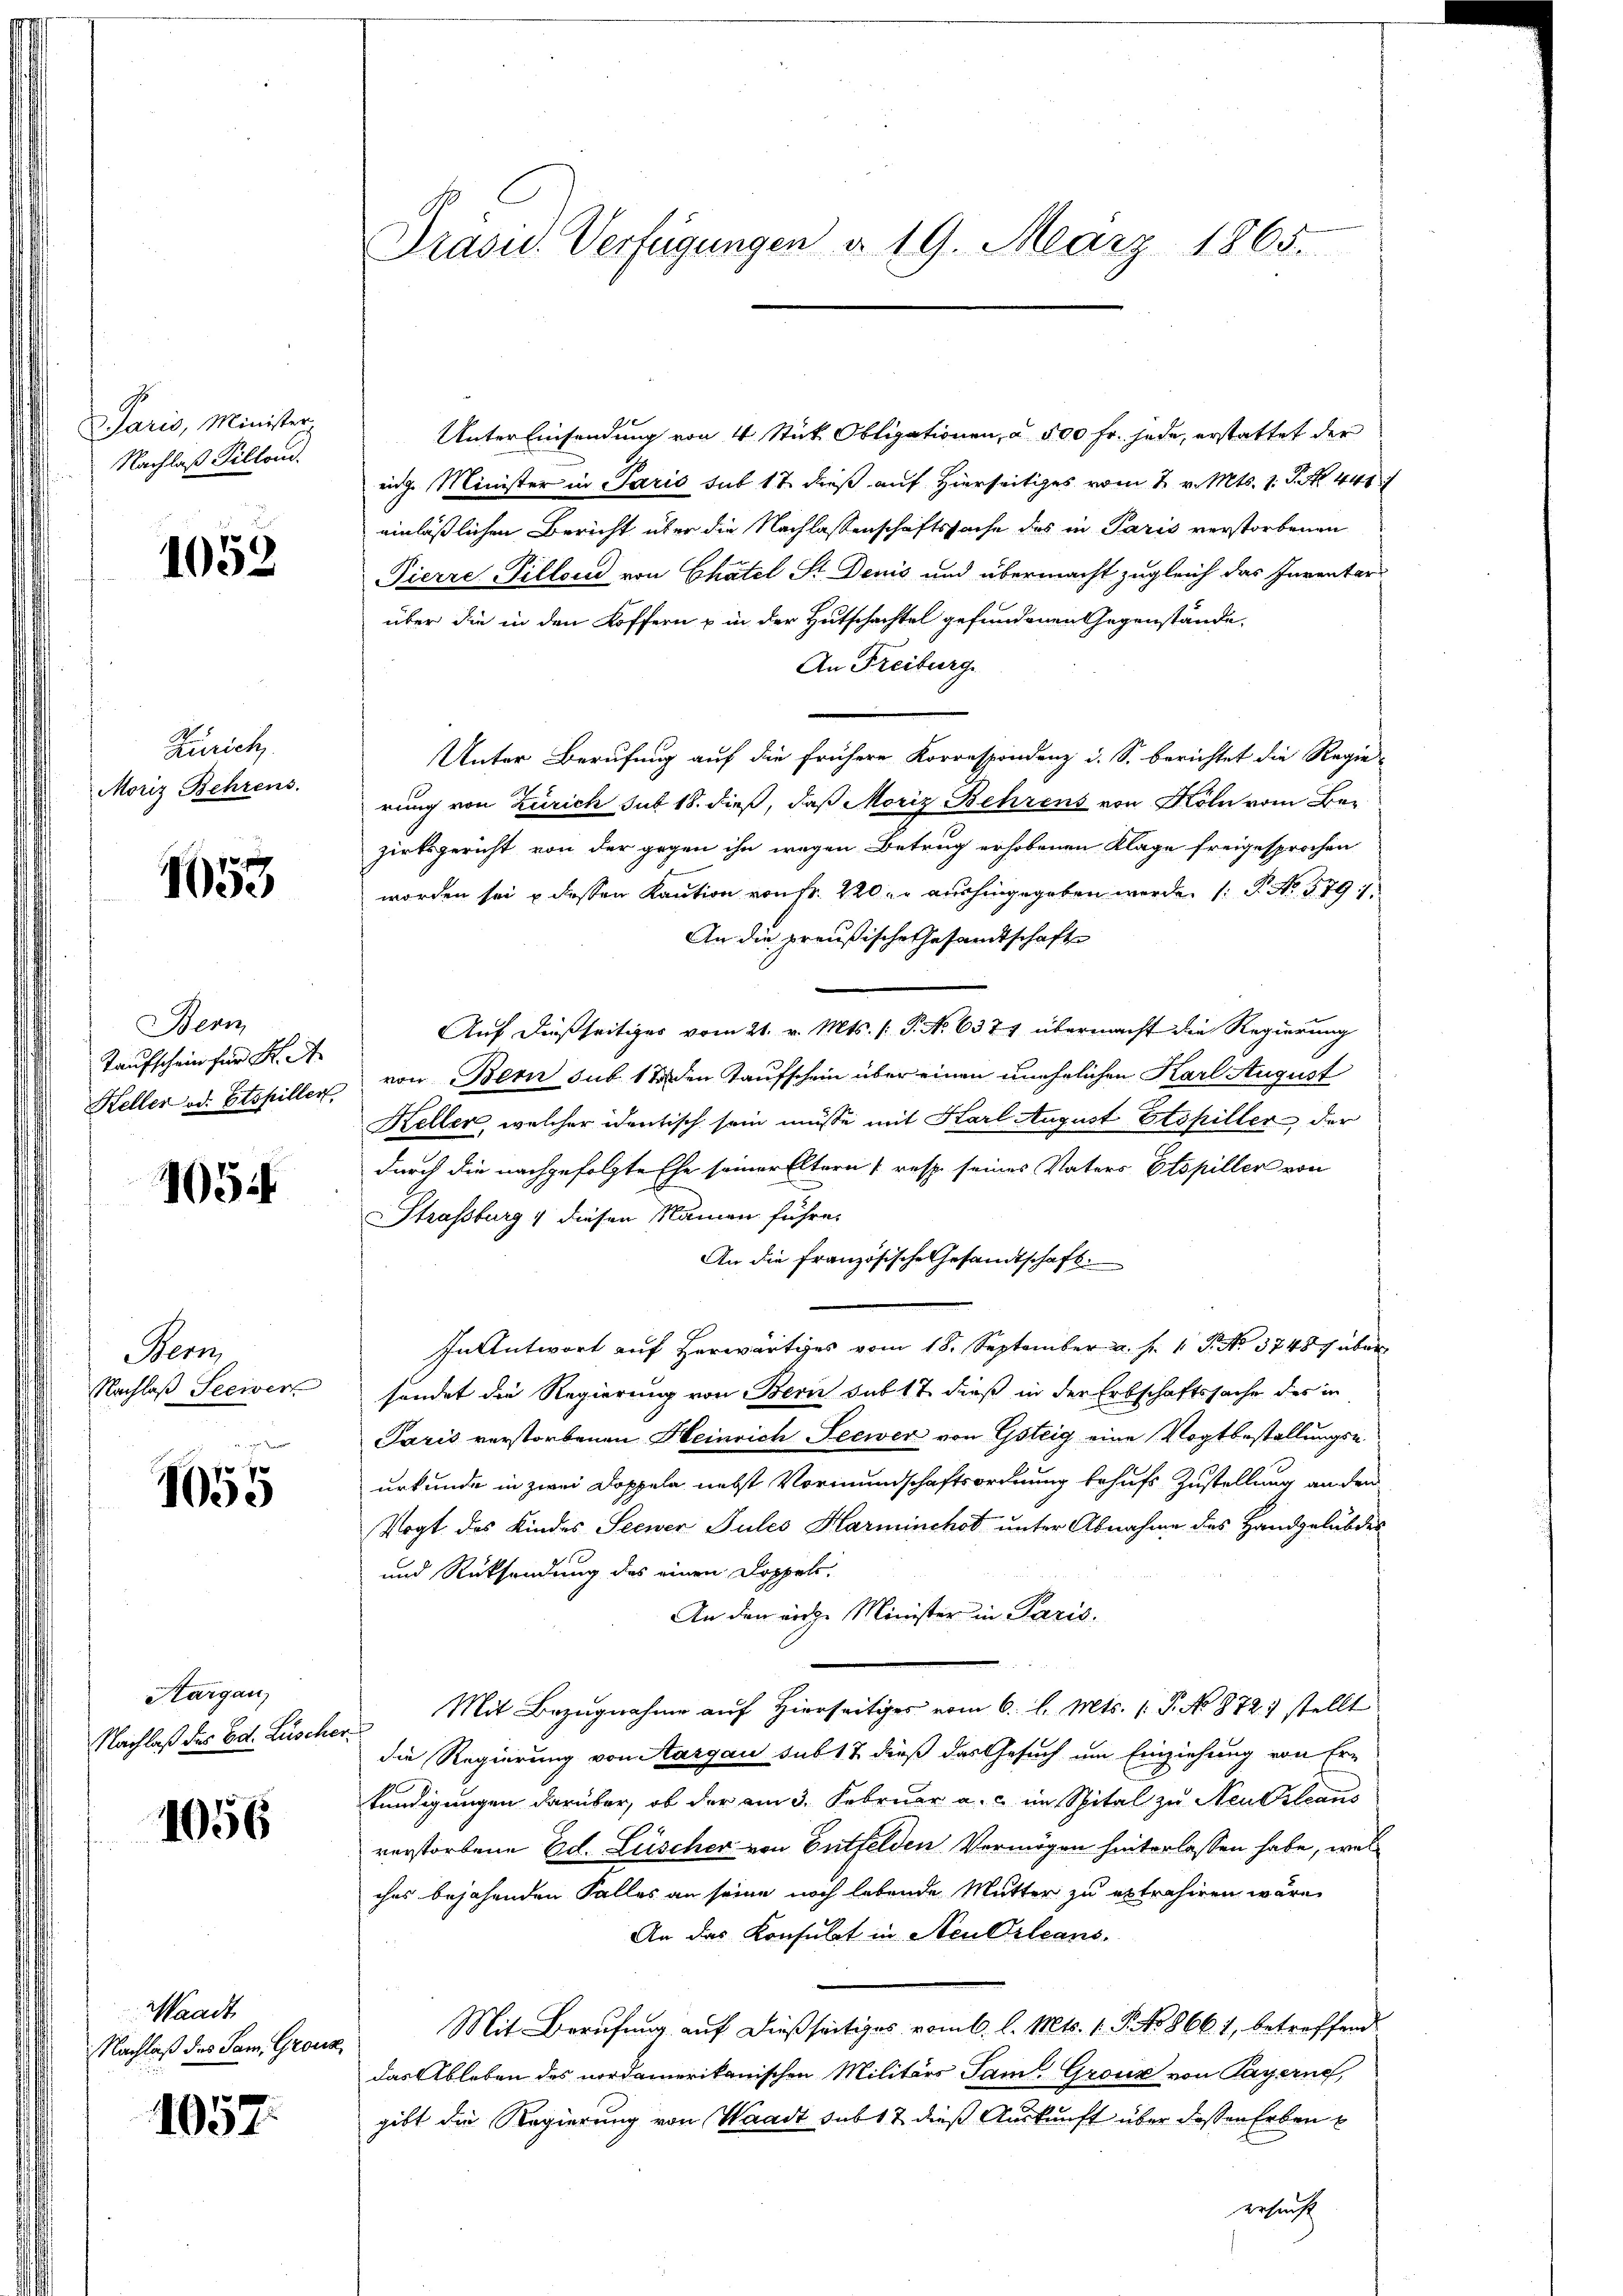
Paris, Minister
Nachlaß Pilland.

1052

Zürich,
Moriz Behrens.

1653

Bern
Taufschein für K. A.
Keller od. Etspillen,

1054

Nem
Nachlaß Seeivers

1055

Kargau,
Nachlaß des Ed. Lüscher.

1056

Waadt
Nachlaß des Sam. Gronz

1057.

Präsid. Verfügungen d. 19. März 1865.

Unter Einsendung von 4 Stück Obligationen, a 500 Fr. jede, erstattet der
ing. Minister in Paris sub 17 dieß auf Hierseitiges vom 2. v. Mts. 1. P. Nr. 441
einläßlichen Bericht über die Nachlassenschaftssache des in Paris verstorbenen
Pierre Pillond von Chatel St. Denis und übermacht zugleich das Inventar-
über die in den Koffern u in der Hutschachtel gefundenen Gegenstände
An Freiburg.
Unter Berufung auf die frühere Korrespondenz d. S. berichtet die Regie-
rung von Zürich sub 18. dieß, daß Moriz Behrens von Köln vom Be-
zirksgericht von der gegen ihn wegen Betrug erhobenen Klage freigesprochen
worden sei u dessen Kaution von Fr. 220 l. aushingegeben werde. (T. No 579 :/
An die preußische Gesandtschaft
Auf dießseitiges vom 21. v. Mts. (T. No 6379 übermacht die Regierung
von Bern sub 11 den Kaufschein über einen unehelichen Karl August
Heller, welcher identisch sein müsse mit Karl August Etspiller der
durch die nachgefolgte Ehe seiner Eltern (resp. seines Vaters Etopiller von
Strassburg & diesen Namen führe.
An die französische Gesandtschaft
In Antwort auf herwärtiges vom 18. September a. f. 1 P. No. 3748 f über
sendet die Regierung von Bern sub 17 dieß in der Erbschaftssache des in
Paris verstorbenen Heinrich Seewer von Gsteig eine Vogtbestellungs-
urkunde in zwei Doppeln nebst Vormundschaftsordnung behufs Zustellung an den
Vogt des Kindes Seewer Jules Harminchot unter Abnahme des Handgelübdes
und Rücksendung des einen Doppel¬
An den eidge Minister in Paris,
Mit Bezugnahme auf Hierseitiges vom 6. l. Mts. (T. No 8721 stellt
die Regierung von Aargau sub 18 dieß das Gesuch um Einziehung von Er-
kündigungen darüber, ob der am 3. Februar a. c. im Spital zu Neukleans
verstorbene Ed. Lüscher von Entfelden Vermögen hinterlassen habe, welches bejahenden Falles an seine noch lebende Mutter zu extrahiren wäre,
An das Konsulat in Neu Orleans
Mit Berufung auf dießseitiges vom 6. l. Mts. 1. P. No 866. 1, betreffend
das Ableben des nordamerikanischen Militärs Samt Grouz von Payerne
gibt die Regierung von Waadt sub 12 dieß Auskunft über dessen Erben
gesucht